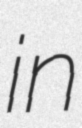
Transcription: in